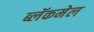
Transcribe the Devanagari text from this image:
ब्लॅकमेल